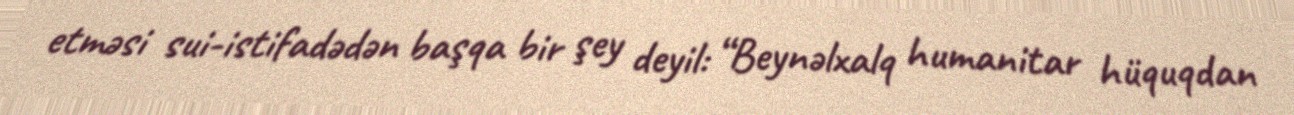
etməsi sui-istifadədən başqa bir şey deyil: “Beynəlxalq humanitar hüquqdan